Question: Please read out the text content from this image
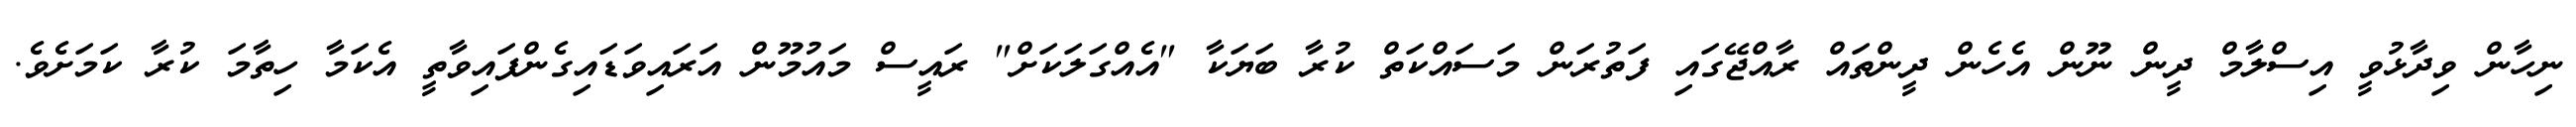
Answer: ނިހާން ވިދާޅުވީ އިސްލާމް ދީން ނޫން އެހެން ދީންތައް ރާއްޖޭގައި ފަތުރަން މަސައްކަތް ކުރާ ބަޔަކާ "އެއްގަލަކަށް" ރައީސް މައުމޫން އަރައިވަޑައިގެންފައިވާތީ އެކަމާ ހިތާމަ ކުރާ ކަމަށެވެ.